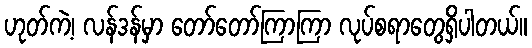
ဟုတ်ကဲ့၊ လန်ဒန်မှာ တော်တော်ကြာကြာ လုပ်စရာတွေရှိပါတယ်။